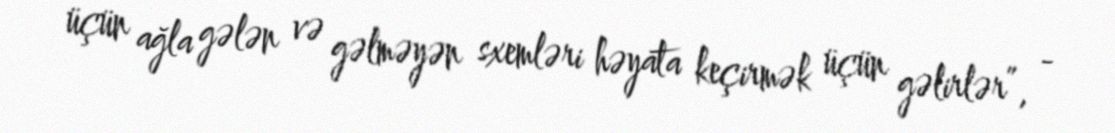
üçün ağla gələn və gəlməyən sxemləri həyata keçirmək üçün gəlirlər”, -